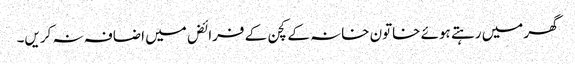
گھر میں رہتے ہوئے خاتون خانہ کے کچن کے فرائض میں اضافہ نہ کریں۔